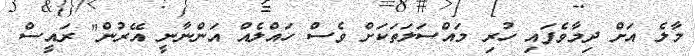
މާލެ އަށް ދިމާވެފައި ހުރި މައްސަލަތަކަށް ވެސް ހައްލެއް އަންނާނީ އޭރުން" ރައީސް